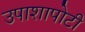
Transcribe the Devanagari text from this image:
उपाशापोटी